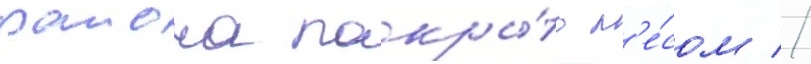
раиона покры́то л'е́сом //